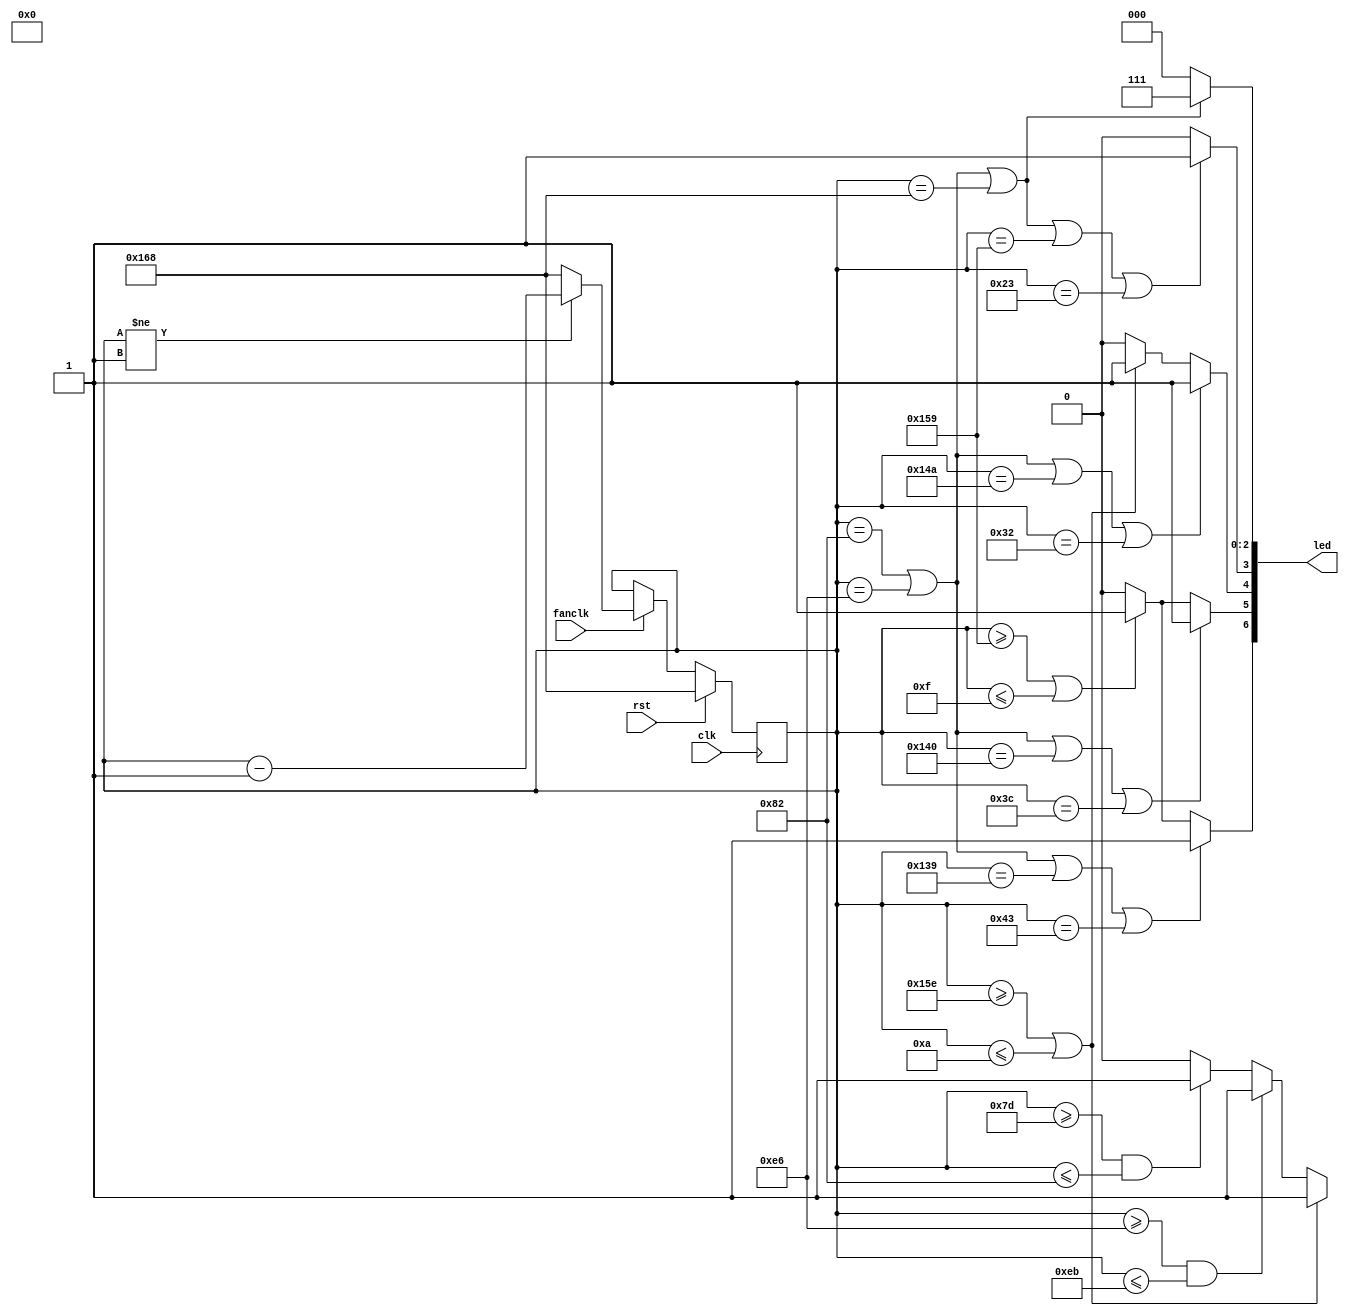
module dance1(rst,clk,led,fanclk);
    input rst,clk,fanclk;
    output [15:0]led;
    reg [8:0]deg_counter,nxtdeg_counter;
    reg [15:0]led;


    always@(posedge clk)begin
        if(rst)begin
            deg_counter<=360;
        end else begin
            deg_counter<=nxtdeg_counter;
        end
    end

    always@(*)begin
        if(fanclk)begin
            if(deg_counter!=1)nxtdeg_counter=deg_counter-1;
            else nxtdeg_counter=360;
        end else begin
            nxtdeg_counter=deg_counter;
        end

        led[14:9]={6'b0};


        if((deg_counter==130)||(deg_counter==230)||(deg_counter==360))begin//led 0~2
            led[2:0]={3'b111};
        end else begin
            led[2:0]=3'b0;
        end

        if((deg_counter==130)||(deg_counter==230)||(deg_counter==360)||(deg_counter==345)||(deg_counter==35))begin//led 3
            led[3]={1'b1};
        end else begin
            led[3]=1'b0;
        end
        if((deg_counter==130)||(deg_counter==230)||(deg_counter==330)||(deg_counter==50))begin//led 4
            led[4]={1'b1};
        end else if(deg_counter>=350||deg_counter<=10)begin
            led[4]={1'b1};
        end else begin
            led[4]=1'b0;
        end

        if((deg_counter==130)||(deg_counter==230)||(deg_counter==320)||(deg_counter==60))begin//led 5
            led[5]={1'b1};
        end else if(deg_counter>=345||deg_counter<=15)begin
            led[5]={1'b1};
        end else begin
            led[5]=1'b0;
        end

        if((deg_counter==130)||(deg_counter==230)||(deg_counter==313)||(deg_counter==67))begin//led 6
            led[6]={1'b1};
        end else if(deg_counter>=345||deg_counter<=15)begin
            led[6]={1'b1};
        end else begin
            led[6]=1'b0;
        end


        /*if((deg_counter==130)||(deg_counter==230)||(deg_counter==300)||(deg_counter==60))begin//led 7!!!!!!!!!!!!--->15
        led[15]={1'b1};
        end else*/ 
        if(deg_counter>=345||deg_counter<=15)begin
            led[15]={1'b1};
        end else begin
            led[15]=1'b0;
        end

        if(deg_counter>=350||deg_counter<=10)begin//led 8
            led[8]={1'b1};
        end else if(deg_counter>=230&&deg_counter<=235)begin
            led[8]={1'b1};
        end else if(deg_counter>=125&&deg_counter<=130)begin
            led[8]={1'b1};
        end else begin
            led[8]=1'b0;
        end
    end
endmodule